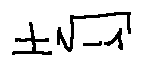
\pm \sqrt { - 1 }